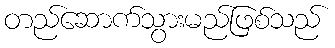
တည်ဆောက်သွားမည်ဖြစ်သည်